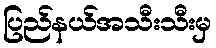
ပြည်နယ်အသီးသီးမှ